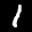
Label: 1